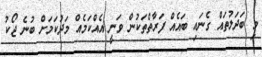
މި ބަދަލުތައް ގެނައި ބައެއް ފަރާތްތަކުން ވަނީ އެއްކަމެއް މަދުކަމަށް ބުނެ ޖޯކު